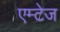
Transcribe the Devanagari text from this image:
एम्टेज